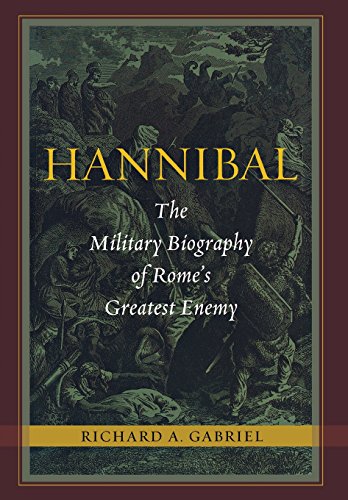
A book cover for Hannibal: The Military Biography of Rome's Greatest Enemy; Richard Gabriel; Biographies & Memoirs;